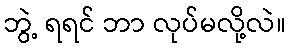
ဘွဲ့ ရရင် ဘာ လုပ်မလို့လဲ။